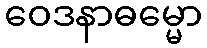
ဝေဒနာဓမ္မော